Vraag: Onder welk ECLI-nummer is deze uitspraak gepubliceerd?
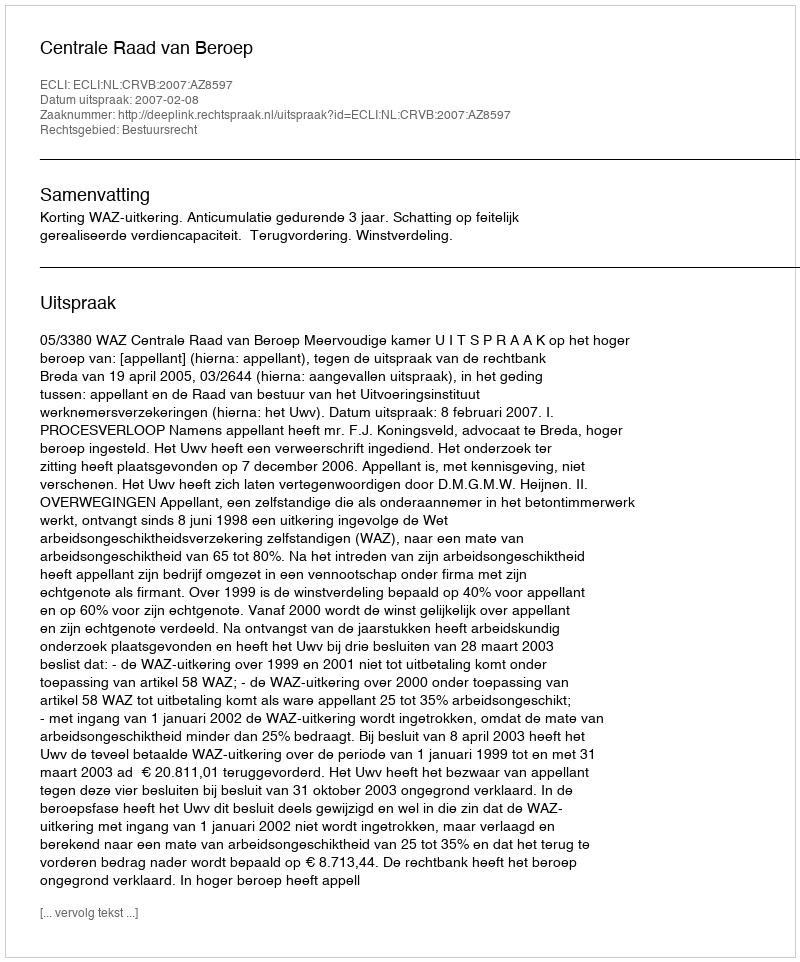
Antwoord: ECLI:NL:CRVB:2007:AZ8597